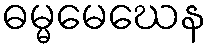
ဓမ္မမေဃေန